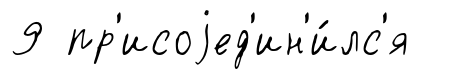
9 пр'исоjед'ин'и́лс'я